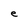
Character: e